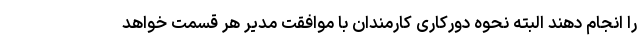
را انجام دهند البته نحوه دورکاری کارمندان با موافقت مدیر هر قسمت خواهد